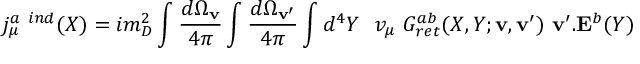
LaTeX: j _ { \mu } ^ { a \ i n d } ( X ) = i m _ { D } ^ { 2 } \int { \frac { d \Omega _ { \bf v } } { 4 \pi } } \int { \frac { d \Omega _ { \bf v ^ { \prime } } } { 4 \pi } } \int d ^ { 4 } Y \ \ v _ { \mu } \ G _ { r e t } ^ { a b } ( X , Y ; { \bf v } , { \bf v ^ { \prime } } ) \ { \bf v ^ { \prime } } . { \bf E } ^ { b } ( Y )